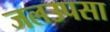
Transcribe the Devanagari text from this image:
जलउपसा